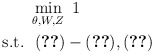
\begin{align*} \begin{aligned}& \mathop {\min }\limits_{\theta,W,Z} \ 1 \\{\rm s.t.} \ & \ (\ref{const2})-(\ref{const5}), (\ref{const-add})\end{aligned}\end{align*}